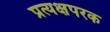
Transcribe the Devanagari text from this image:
प्रत्यक्षपरक